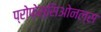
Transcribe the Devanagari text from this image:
प्रोफ़ेस्सिओनल्स